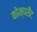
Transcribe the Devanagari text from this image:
कोम्पसैट